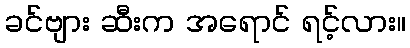
ခင်ဗျား ဆီးက အရောင် ရင့်လား။